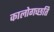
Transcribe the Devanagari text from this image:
कालोगच्छति